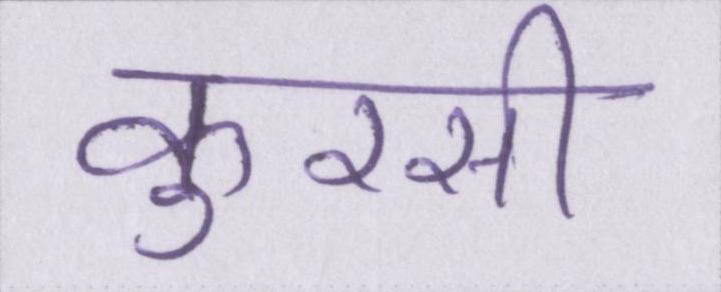
कुरसी